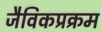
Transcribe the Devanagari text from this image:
जैविकप्रक्रम